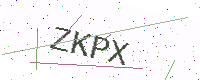
Text: ZKPX